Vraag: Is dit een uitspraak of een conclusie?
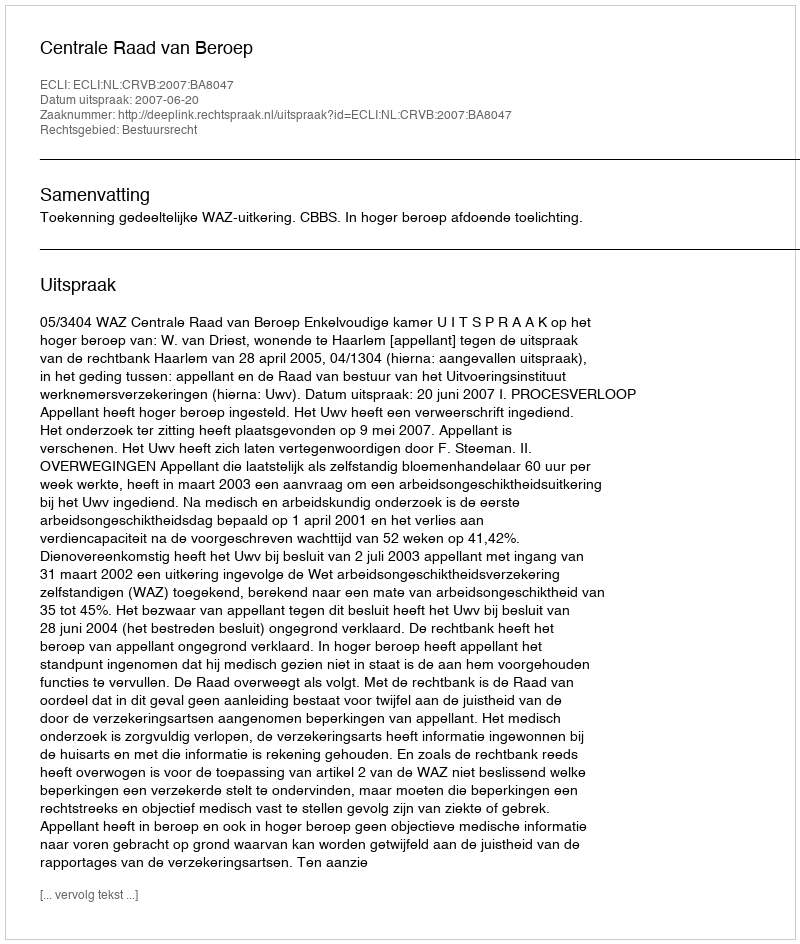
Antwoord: Uitspraak